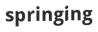
springing